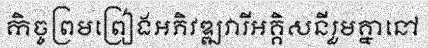
កិច្ចព្រមព្រៀងអភិវឌ្ឍវារីអគ្គិសនីរួមគ្នានៅ